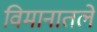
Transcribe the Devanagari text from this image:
विमानातले